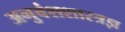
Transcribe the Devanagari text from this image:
अनुवंशशास्त्रज्ञ